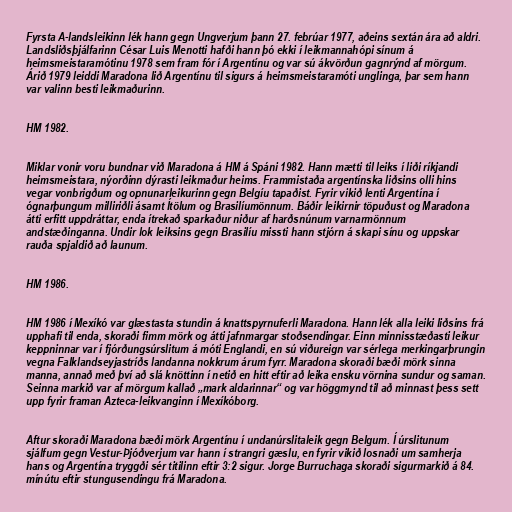
Fyrsta A-landsleikinn lék hann gegn Ungverjum þann 27. febrúar 1977, aðeins sextán ára að aldri.
Landsliðsþjálfarinn César Luis Menotti hafði hann þó ekki í leikmannahópi sínum á
heimsmeistaramótinu 1978 sem fram fór í Argentínu og var sú ákvörðun gagnrýnd af mörgum.
Árið 1979 leiddi Maradona lið Argentínu til sigurs á heimsmeistaramóti unglinga, þar sem hann
var valinn besti leikmaðurinn.

HM 1982.

Miklar vonir voru bundnar við Maradona á HM á Spáni 1982. Hann mætti til leiks í liði ríkjandi
heimsmeistara, nýorðinn dýrasti leikmaður heims. Frammistaða argentínska liðsins olli hins
vegar vonbrigðum og opnunarleikurinn gegn Belgíu tapaðist. Fyrir vikið lenti Argentína í
ógnarþungum milliriðli ásamt Ítölum og Brasilíumönnum. Báðir leikirnir töpuðust og Maradona
átti erfitt uppdráttar, enda ítrekað sparkaður niður af harðsnúnum varnarmönnum
andstæðinganna. Undir lok leiksins gegn Brasilíu missti hann stjórn á skapi sínu og uppskar
rauða spjaldið að launum.

HM 1986.

HM 1986 í Mexíkó var glæstasta stundin á knattspyrnuferli Maradona. Hann lék alla leiki liðsins frá
upphafi til enda, skoraði fimm mörk og átti jafnmargar stoðsendingar. Einn minnisstæðasti leikur
keppninnar var í fjórðungsúrslitum á móti Englandi, en sú viðureign var sérlega merkingarþrungin
vegna Falklandseyjastríðs landanna nokkrum árum fyrr. Maradona skoraði bæði mörk sinna
manna, annað með því að slá knöttinn í netið en hitt eftir að leika ensku vörnina sundur og saman.
Seinna markið var af mörgum kallað „mark aldarinnar“ og var höggmynd til að minnast þess sett
upp fyrir framan Azteca-leikvanginn í Mexíkóborg.

Aftur skoraði Maradona bæði mörk Argentínu í undanúrslitaleik gegn Belgum. Í úrslitunum
sjálfum gegn Vestur-Þjóðverjum var hann í strangri gæslu, en fyrir vikið losnaði um samherja
hans og Argentína tryggði sér titilinn eftir 3:2 sigur. Jorge Burruchaga skoraði sigurmarkið á 84.
mínútu eftir stungusendingu frá Maradona.